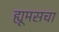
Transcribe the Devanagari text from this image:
ह्यूमसचा